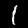
Label: 1